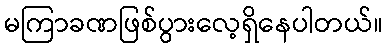
မကြာခဏဖြစ်ပွားလေ့ရှိနေပါတယ်။